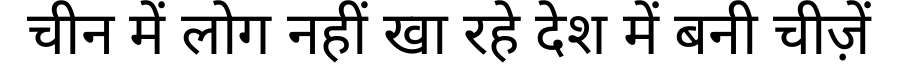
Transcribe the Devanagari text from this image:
चीन में लोग नहीं खा रहे देश में बनी चीज़ें